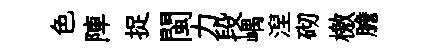
色陣捉閩力段嵎湼砌檄膽